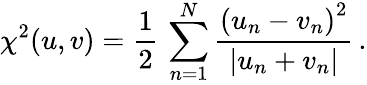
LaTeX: \chi^{2}(u,v)=\frac{1}{2}\, \sum_{n=1}^{N}\frac{\left(u_{n}-v_{n}\right)^{2}}{\left|u_{n}+v_{n}\right|}\, .